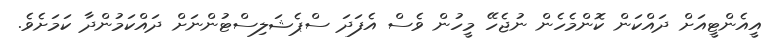
އީއެންޓީއަށް ދައްކަން ކޮންމެހެން ނުޖެހޭ މީހުން ވެސް އެފަދަ ސްޕެޝަލިސްޓުންނަށް ދައްކަމުންދާ ކަމަށެވެ.